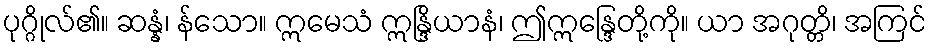
ပုဂ္ဂိုလ်၏။ ဆန္နံ၊ န်သော။ ဣမေသံ ဣန္ဒြိယာနံ၊ ဤဣန္ဒြေတို့ကို။ ယာ အဂုတ္တိ၊ အကြင်